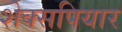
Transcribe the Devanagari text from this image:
शेक्सपियार